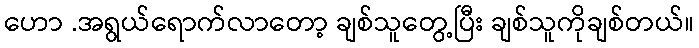
ဟော .အရွယ်ရောက်လာတော့ ချစ်သူတွေ့ပြီး ချစ်သူကိုချစ်တယ်။